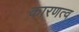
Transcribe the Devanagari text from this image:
कारणत्व